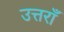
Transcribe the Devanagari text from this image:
उत्तराँ